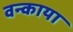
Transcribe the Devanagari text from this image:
वन्काया